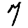
Digit: 7